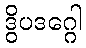
ဒွိပဒဂ္ဂေါ